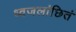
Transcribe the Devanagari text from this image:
ध्वजलांछितं